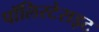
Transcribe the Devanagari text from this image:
पॉलिस्टेराइट